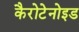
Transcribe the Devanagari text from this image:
कैरोटेनोइड